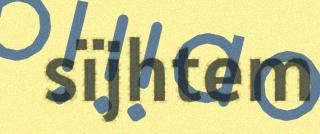
sïjhtem